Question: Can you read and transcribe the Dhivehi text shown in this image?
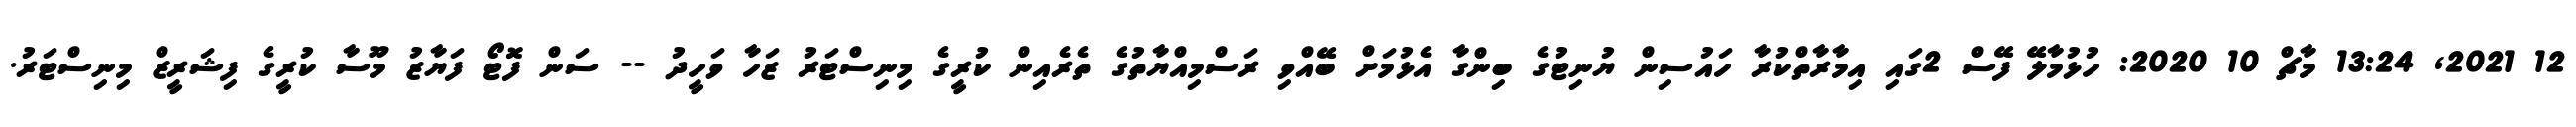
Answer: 12 2021, 13:24 މާޗް 10 2020: ހުޅުމާލޭ ފޭސް 2ގައި އިމާރާތްކުރާ ހައުސިން ޔުނިޓުގެ ބިންގާ އެޅުމަށް ބޭއްވި ރަސްމިއްޔާތުގެ ތެރެއިން ކުރީގެ މިނިސްޓަރު ޒަހާ ވަހީދު -- ސަން ފޮޓޯ ފަޔާޒު މޫސާ ކުރީގެ ފިޝަރީޒް މިނިސްޓަރު.